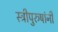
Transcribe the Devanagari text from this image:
स्त्रीपुरुषांनी